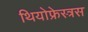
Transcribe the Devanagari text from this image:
थियोफ्रेस्त्रस